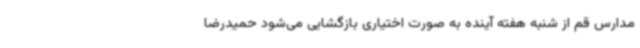
مدارس قم از شنبه هفته آینده به صورت اختیاری بازگشایی می‌شود حمیدرضا